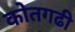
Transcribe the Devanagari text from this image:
कोतगढी